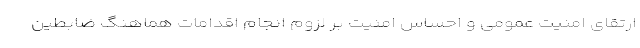
ارتقای امنیت عمومی و احساس امنیت بر لزوم انجام اقدامات هماهنگ ضابطین